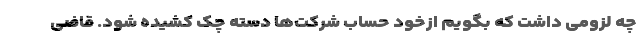
چه لزومی داشت که بگویم ازخود حساب شرکت‌ها دسته چک کشیده شود. قاضی